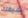
سيفك